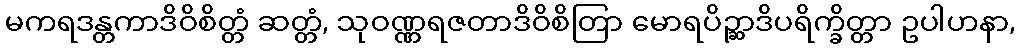
မကရဒန္တကာဒိဝိစိတ္တံ ဆတ္တံ, သုဝဏ္ဏရဇတာဒိဝိစိတြာ မောရပိဉ္ဆာဒိပရိက္ခိတ္တာ ဥပါဟနာ,